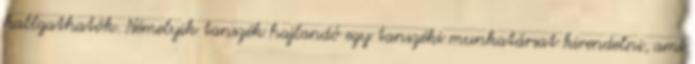
hallgathatók. Némelyik tanszék hajlandó egy tanszéki munkatársat kirendelni, ami